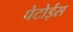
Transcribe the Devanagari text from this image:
पेटोईस